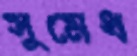
সুমেধ